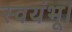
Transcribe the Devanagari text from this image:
स्वयंभू।